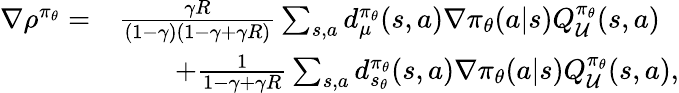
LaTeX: \begin{array}{rl}{\nabla\rho^{\pi_{\theta}}=}&{\frac{\gamma R}{(1-\gamma)(1-\gamma+\gamma R)}\sum_{s,a}d_{\mu}^{\pi_{\theta}}(s,a)\nabla{\pi_{\theta}}(a|s)Q_{\mathcal{U}}^{\pi_{\theta}}(s,a)}\\ &{\qquad+\frac{1}{1-\gamma+\gamma R}\sum_{s,a}d_{s_{\theta}}^{\pi_{\theta}}(s,a)\nabla{\pi_{\theta}}(a|s)Q_{\mathcal{U}}^{\pi_{\theta}}(s,a),}\end{array}